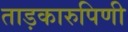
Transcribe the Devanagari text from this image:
ताड़कारुपिणी